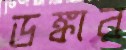
ডঙ্কার